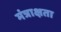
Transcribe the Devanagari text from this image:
मंत्राक्षता